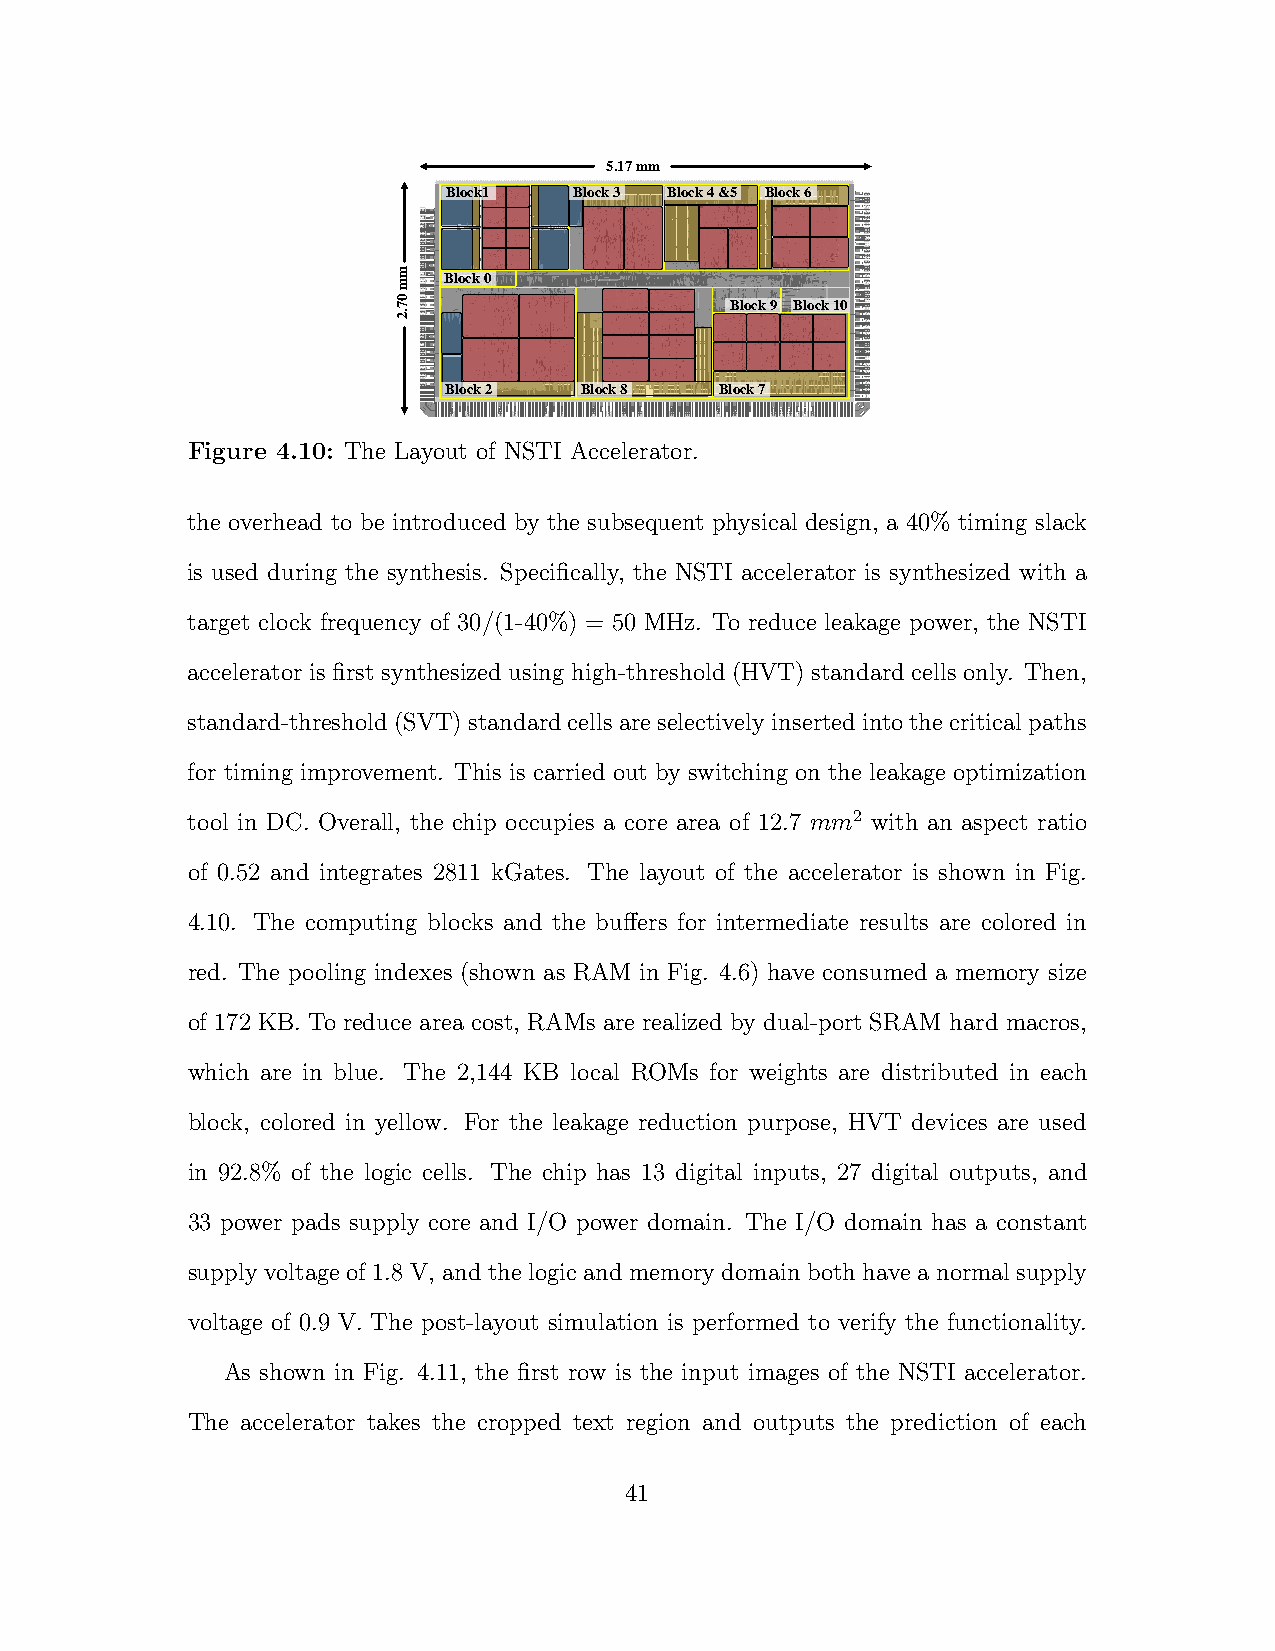
5.17 mm
 Block1  Block 3 Block 4 &5 Block 6
 m
 m  Block 0
 0 7                   Block 9 Block 10
 2.
 Block 2  Block 8   Block 7
 Figure 4.10: The Layout of NSTI Accelerator.
 the overhead to be introduced by the subsequent physical design, a 40% timing slack
 is used during the synthesis. Specifically, the NSTI accelerator is synthesized with a
 target clock frequency of 30/(1-40%) = 50 MHz. To reduce leakage power, the NSTI
 accelerator is first synthesized using high-threshold (HVT) standard cells only. Then,
 standard-threshold(SVT)standardcellsareselectivelyinsertedintothecriticalpaths
 for timing improvement. This is carried out by switching on the leakage optimization
 tool in DC. Overall, the chip occupies a core area of 12.7 mm2 with an aspect ratio
 of 0.52 and integrates 2811 kGates. The layout of the accelerator is shown in Fig.
 4.10. The computing blocks and the buffers for intermediate results are colored in
 red. The pooling indexes (shown as RAM in Fig. 4.6) have consumed a memory size
 of 172 KB. To reduce area cost, RAMs are realized by dual-port SRAM hard macros,
 which are in blue. The 2,144 KB local ROMs for weights are distributed in each
 block, colored in yellow. For the leakage reduction purpose, HVT devices are used
 in 92.8% of the logic cells. The chip has 13 digital inputs, 27 digital outputs, and
 33 power pads supply core and I/O power domain. The I/O domain has a constant
 supply voltage of 1.8 V, and the logic and memory domain both have a normal supply
 voltage of 0.9 V. The post-layout simulation is performed to verify the functionality.
 As shown in Fig. 4.11, the first row is the input images of the NSTI accelerator.
 The accelerator takes the cropped text region and outputs the prediction of each
 41